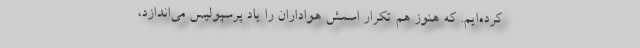
کرده‌ایم. که هنوز هم تکرار اسمش هواداران را یاد پرسپولیس می‌اندازد،